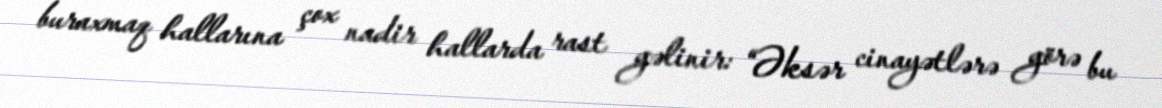
buraxmaq hallarına çox nadir hallarda rast gəlinir: “Əksər cinayətlərə görə bu